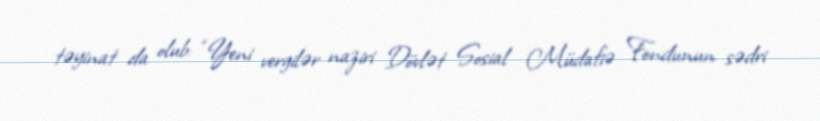
təyinat da olub: “Yeni vergilər naziri Dövlət Sosial Müdafiə Fondunun sədri